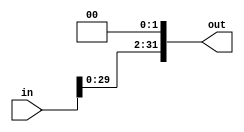
module shifter
(
output[31:0] out,
input[31:0] in
);

assign out = in <<< 2;

endmodule